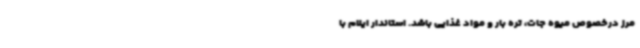
مرز درخصوص میوه جات، تره بار و مواد غذایی باشد. استاندار ایلام با